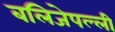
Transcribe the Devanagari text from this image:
बलिजेपल्ली